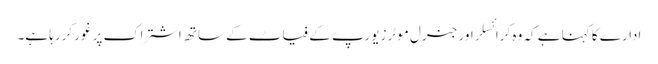
ادارے کا کہنا ہے کہ وہ کرائسلر اور جنرل موٹرز یورپ کے فیاٹ کے ساتھ اشتراک پر غور کررہا ہے۔